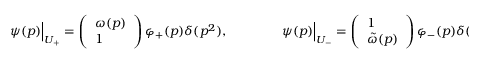
\psi ( p ) \Bigr | _ { U _ { + } } = \left( \begin{array} { l } { { \omega ( p ) } } \\ { { 1 } } \end{array} \right) \varphi _ { + } ( p ) \delta ( p ^ { 2 } ) , \qquad \qquad \psi ( p ) \Bigr | _ { U _ { - } } = \left( \begin{array} { l } { { 1 } } \\ { { \tilde { \omega } ( p ) } } \end{array} \right) \varphi _ { - } ( p ) \delta ( p ^ { 2 } ) ,